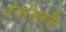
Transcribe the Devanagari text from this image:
वेन्सेसलॉस